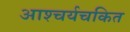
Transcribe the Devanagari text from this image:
आश्‍चर्यचकित